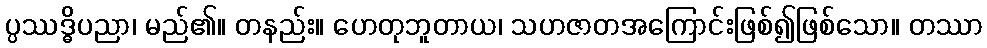
ပ္ပဿဒ္ဓိပညာ၊ မည်၏။ တနည်း။ ဟေတုဘူတာယ၊ သဟဇာတအကြောင်းဖြစ်၍ဖြစ်သော။ တဿာ